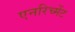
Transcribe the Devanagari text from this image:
एनरिच्मेंट